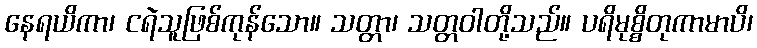
နေရယိကာ၊ ငရဲသူဖြစ်ကုန်သော။ သတ္တာ၊ သတ္တဝါတို့သည်။ ပရိမုစ္စိတုကာမာပိ၊